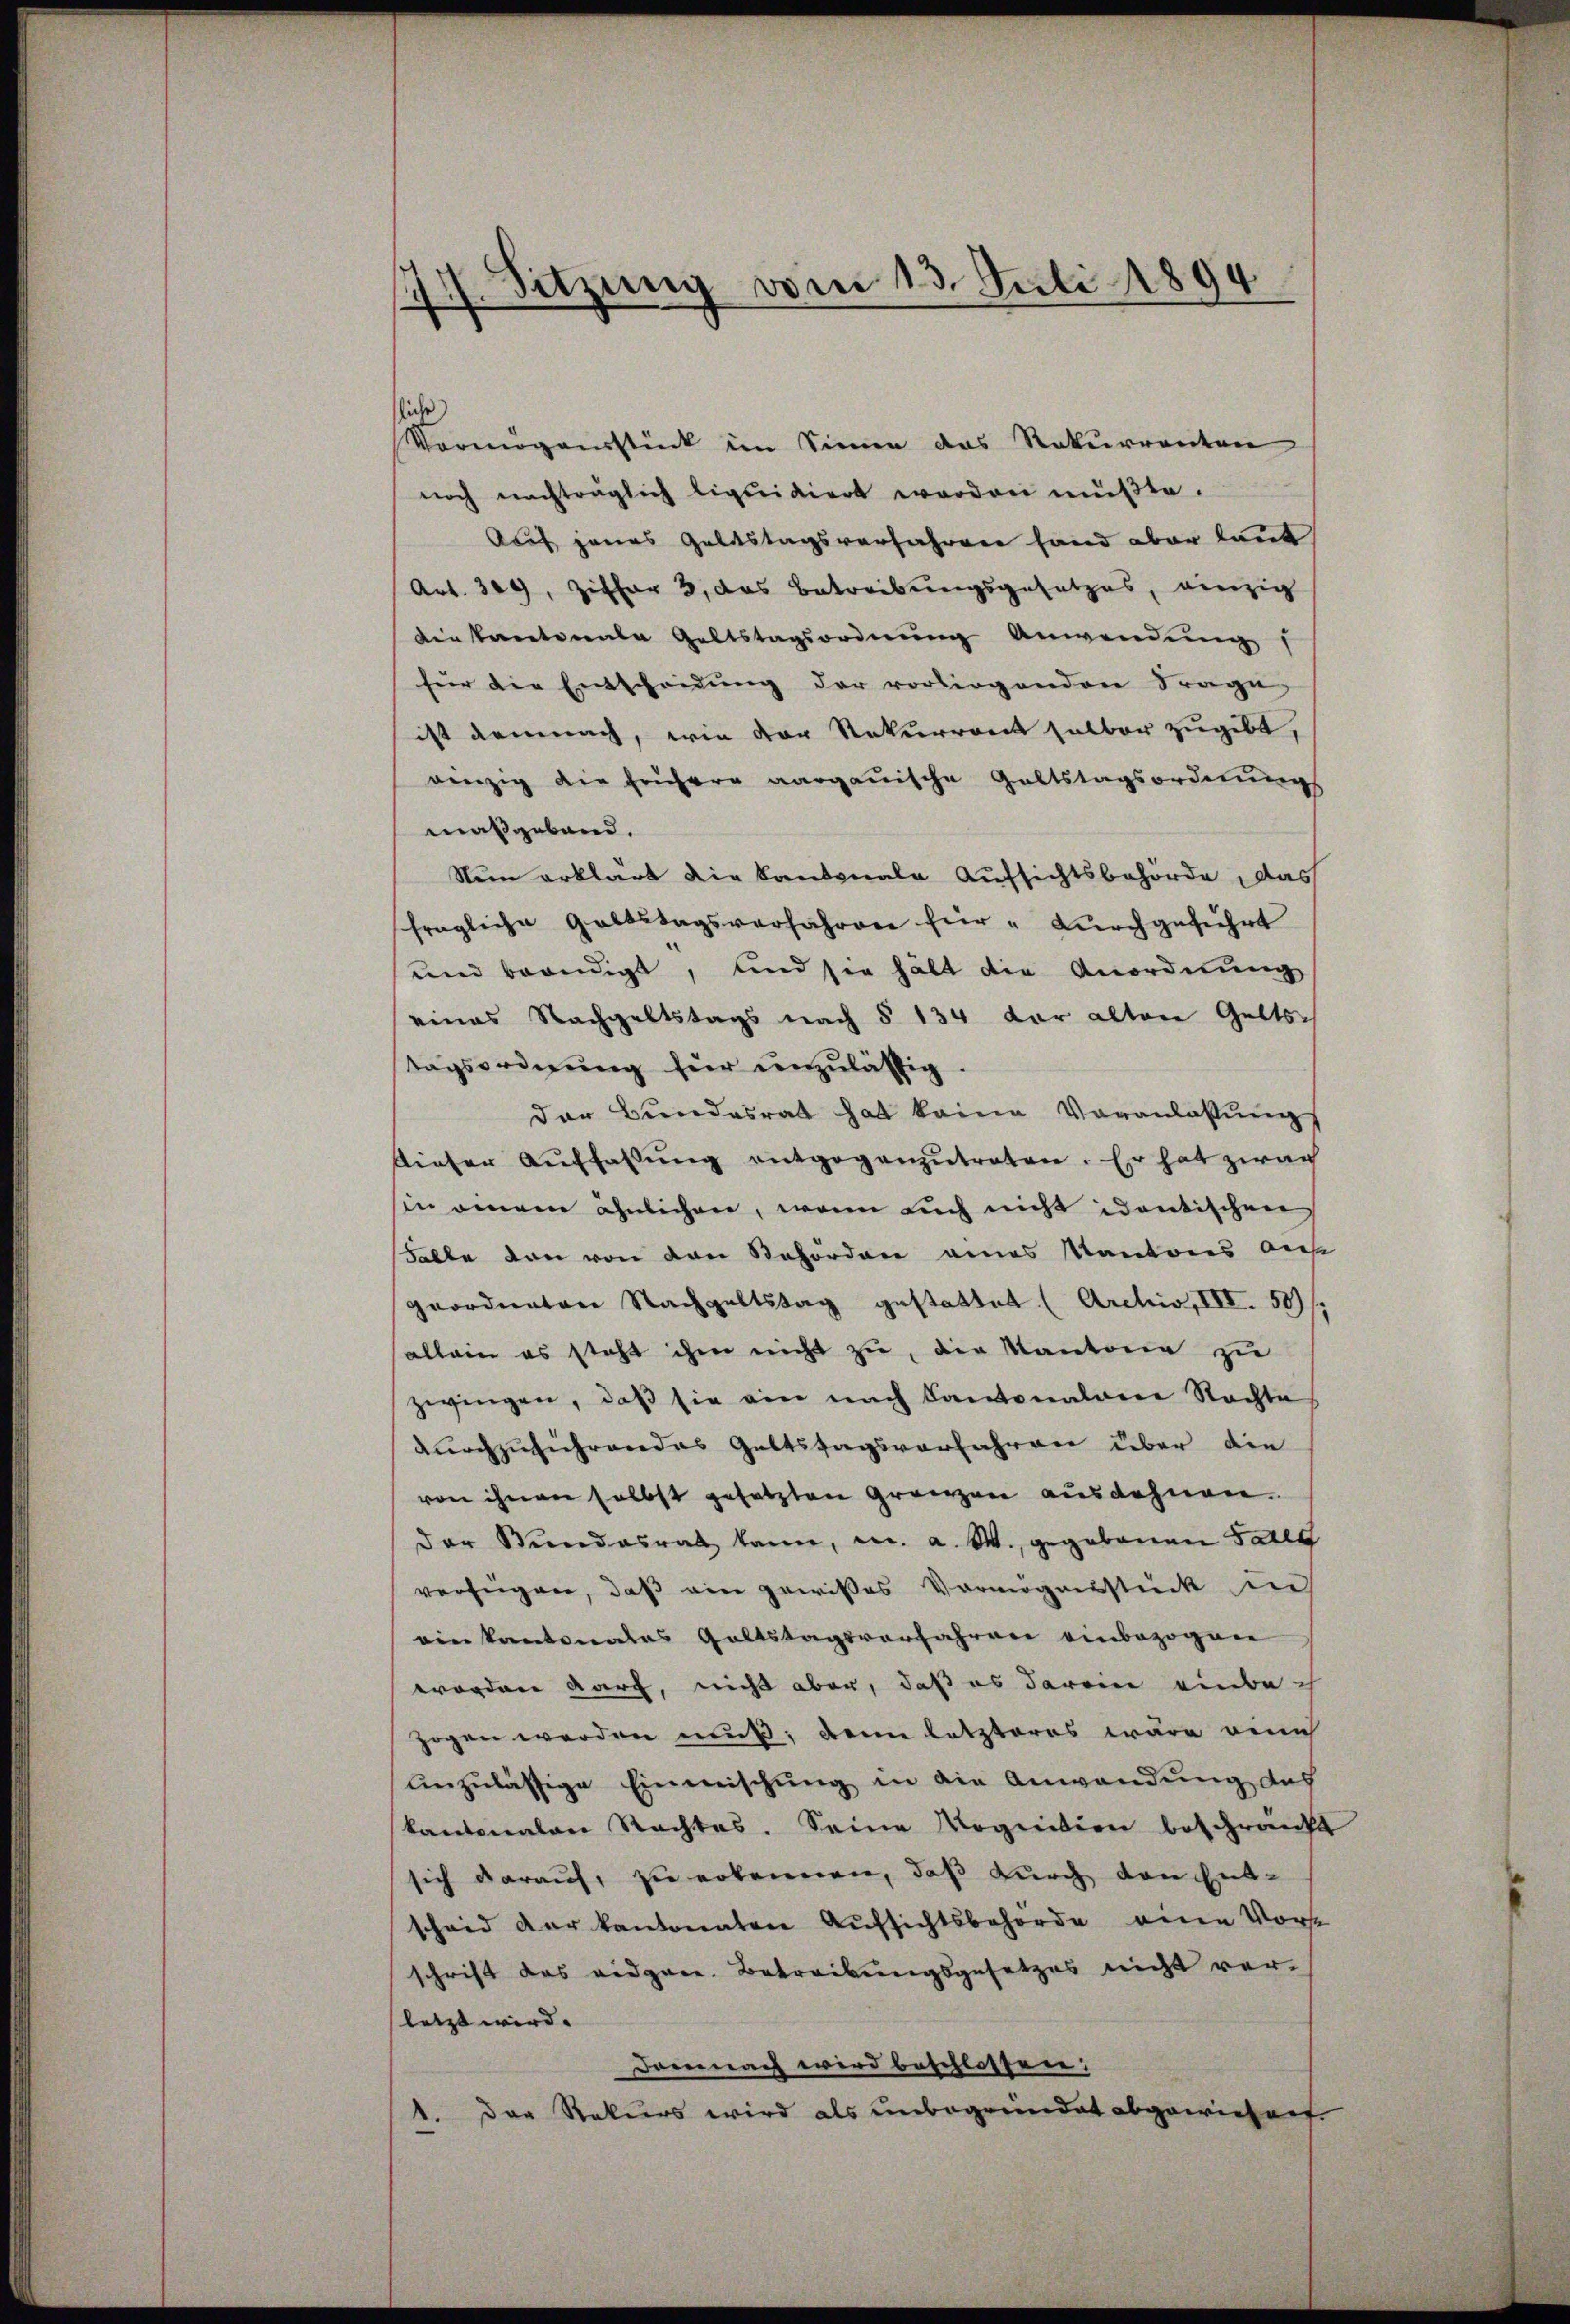
Sitzung vom 13. Juli 1894
—
)

fliche
Vermögensstück im Sinne das Rekurrenten
noch nachträglich liquidiert worden müßte.
Auf jenes Geldstagsverfahren hand aber laut
Art. 309, Ziffer 3, das Betreibungsgesetzes, einzig
die kanterente Geltstagsordnŭng Anwendung
für die Entscheidung der vorliegenden Frage
ist demnach, wie der Rekurront selber zugibt,
winzig die frühere aargauische Galtstagsordnungs
maßgeband.
Nun erklärt die kantonale Aufsichtsbehörde das
fragliche Galtstagsverfahren für " dŭrchgeführt
und beendigt, und sie hält die Anordnung
eines Nachgeltstags nach § 134 der alten Geltstagsordnŭng für unzulässig.
der Bundesrat hat keine Veranlassung
dieser Auffassŭng entgegenzŭtreten. Er hat zwar
sin einem ähnlichen, wenn auch nicht identischen
Falle von von den Behörden eines Kantons auf
geordneten Nachgeltstag gestattet (Archiv, III 50).
allein es steht ihm nicht zu, die Kantone zu
zwingen, daß sie ein nach Cantonalame Rechte
dŭrchzuführendes Geltstagsverfahren über die
von ihnen selbst gesetzten Grenzen ausdehnen.
der Stundesrat kann, a. a. W., gegebenen Falle
verfügen, daß ein gewisses Vermögensstück ins
ein kantonales Galtstagsverfahren einbezogen
worden durch, nicht aber, daß es daran einbezogen werden muß; denn letzteres wäre eine
unzulässige Einmischung in die Anwendung des
kantonalen Rechtes. Seine Rognition beschränkt
sich darauf, zu erkennen, daß durch den Ent-
scheid der kantonaten Aufsichtsbehörde eine Vorst
schrift das eidgen. Betreibungsgesetzes nicht ver-
letzt wird. |
Demnach wird beschlossen:
1. Der Rekurs wird als unbegründet abgewiesen